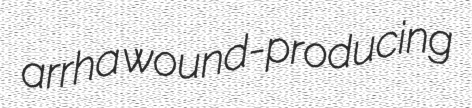
arrha wound-producing